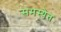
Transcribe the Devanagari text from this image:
समस्येत